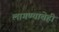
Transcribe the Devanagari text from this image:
लागण्याचेही